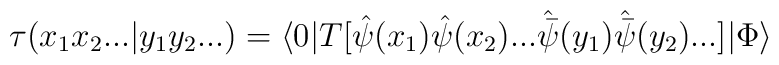
\tau (x_1 x_2 ... | y_1 y_2 ...) = \langle 0 | T[{\hat \psi} (x_1) {\hat \psi} (x_2) ...{\hat {\bar \psi }} (y_1) {\hat {\bar \psi }} (y_2) ...] | \Phi \rangle